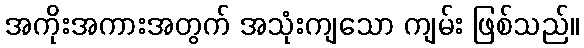
အကိုးအကားအတွက် အသုံးကျသော ကျမ်း ဖြစ်သည်။